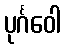
ပုင်္ဂဝေါ